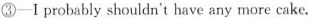
③-I probably shouldn't have any more cake.